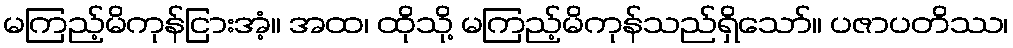
မကြည့်မိကုန်ငြားအံ့။ အထ၊ ထိုသို့ မကြည့်မိကုန်သည်ရှိသော်။ ပဇာပတိဿ၊